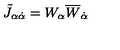
\tilde { J } _ { \alpha \dot { \alpha } } = W _ { \alpha } \overline { { W } } _ { \dot { \alpha } }